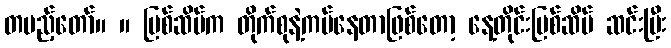
တပည့်တော်။ ။ မြစ်ဆိပ်က တိုက်စုနဲ့ကပ်နေတာဖြစ်တော့ နေ့တိုင်းမြစ်ဆိပ် ဆင်းပြီး